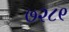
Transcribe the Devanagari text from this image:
७२८९